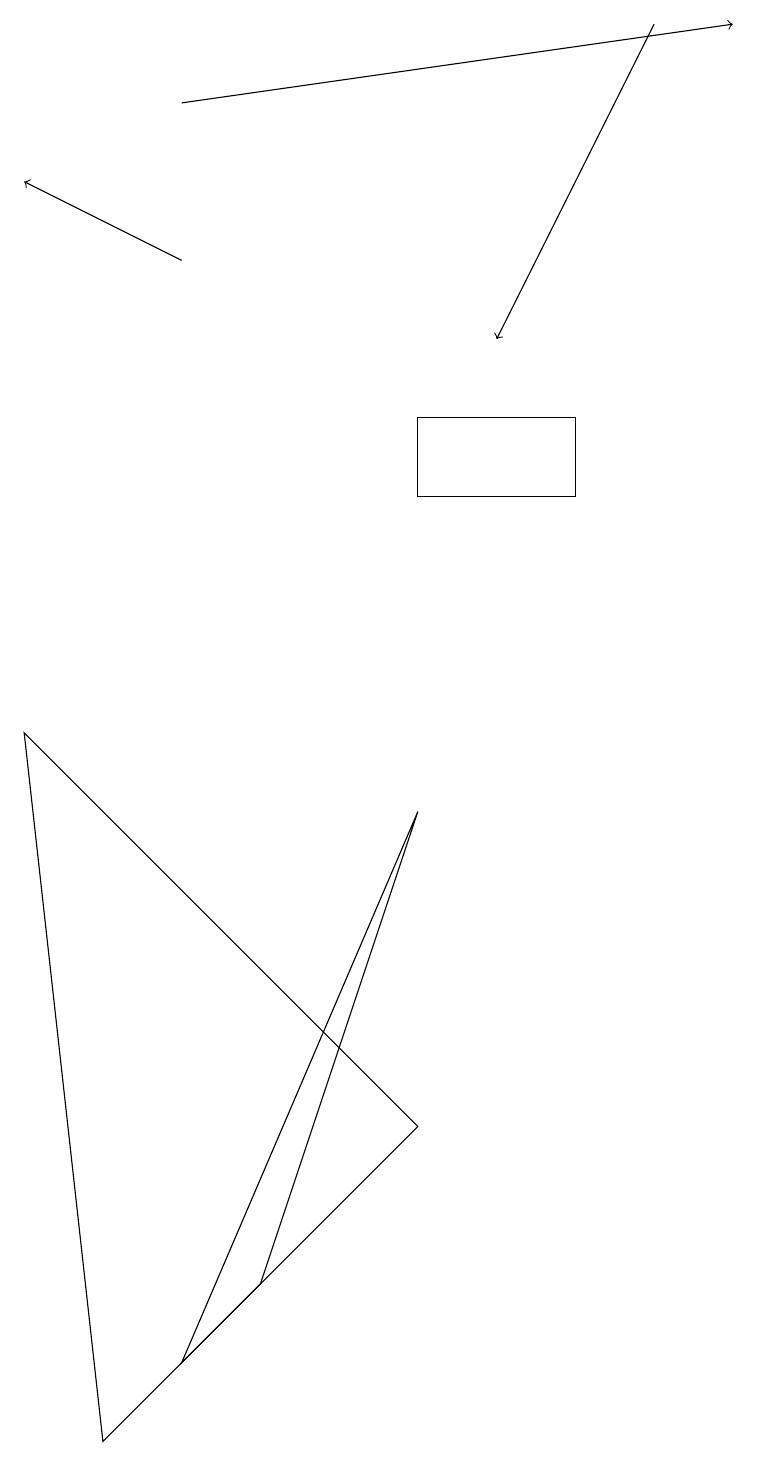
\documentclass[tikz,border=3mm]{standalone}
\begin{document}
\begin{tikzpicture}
\draw[->] (8,18) -- (6,14);
\draw (7,13) rectangle (5,12);
\draw[->] (2,15) -- (0,16);
\draw (2,1) -- (3,2) -- (5,8) -- cycle;
\draw (5,4) -- (1,0) -- (0,9) -- cycle;
\draw[->] (2,17) -- (9,18);
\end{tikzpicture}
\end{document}